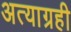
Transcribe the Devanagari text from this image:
अत्याग्रही